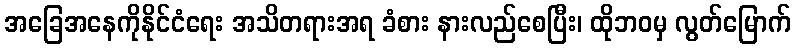
အခြေအနေကိုနိုင်ငံရေး အသိတရားအရ ခံစား နားလည်စေပြီး၊ ထိုဘဝမှ လွတ်မြောက်